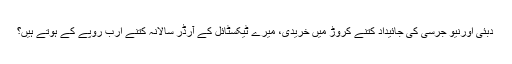
دبئی اورنیو جرسی کی جائیداد کتنے کروڑ میں خریدی، میرے ٹیکسٹائل کے آرڈر سالانہ کتنے ارب روپے کے ہوتے ہیں؟